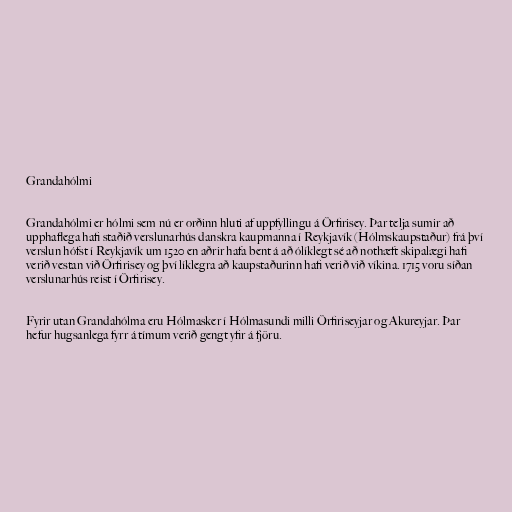
Grandahólmi

Grandahólmi er hólmi sem nú er orðinn hluti af uppfyllingu á Örfirisey. Þar telja sumir að
upphaflega hafi staðið verslunarhús danskra kaupmanna í Reykjavík (Hólmskaupstaður) frá því
verslun hófst í Reykjavík um 1520 en aðrir hafa bent á að ólíklegt sé að nothæft skipalægi hafi
verið vestan við Örfirisey og því líklegra að kaupstaðurinn hafi verið við víkina. 1715 voru síðan
verslunarhús reist í Örfirisey.

Fyrir utan Grandahólma eru Hólmasker í Hólmasundi milli Örfiriseyjar og Akureyjar. Þar
hefur hugsanlega fyrr á tímum verið gengt yfir á fjöru.